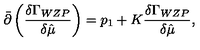
{ \bar { \partial } } \left( { \frac { \delta \Gamma _ { W Z P } } { \delta { \hat { \mu } } } } \right) = p _ { 1 } + K { \frac { \delta \Gamma _ { W Z P } } { \delta { \hat { \mu } } } } ,